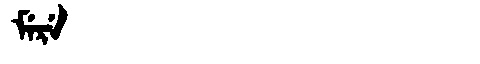
Manchu: ᠮᡝᡵᡝ
Romanization: MERE